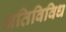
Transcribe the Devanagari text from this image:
अतिविविध